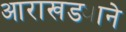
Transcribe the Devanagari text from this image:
आराखड्याने